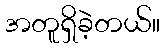
အတူရှိခဲ့တယ်။